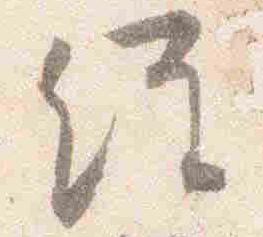
経